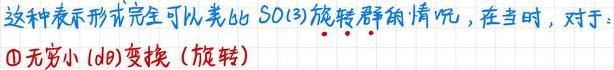
这种表示形式完全可以表示 $SO(3)$ 旋转群的情况，在当时，对于：
$\textcircled{1}$ 无穷小 ($\mathrm{d}\theta$) 变换（旋转）